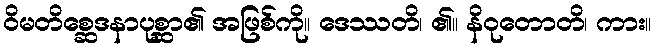
ဝိမတိစ္ဆေဒနာပုစ္ဆာ၏ အဖြစ်ကို။ ဒေဿတိ၊ ၏။ နိဝုတောတိ၊ ကား။